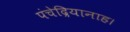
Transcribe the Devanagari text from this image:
पंचेद्रियानाह।